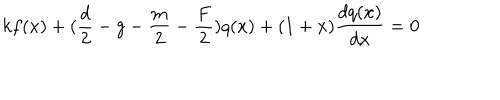
k f ( x ) + ( \frac d 2 - g - \frac m 2 - \frac F 2 ) q ( x ) + ( 1 + x ) \frac { d q ( x ) } { d x } = 0